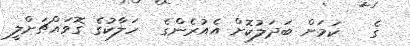
ގެ   ކަމަށް ބަދަލުކޮށް އެއުރެންގެ  ހަލާކުގެ ގޮވައްޗަށްލީ